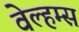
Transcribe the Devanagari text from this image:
वेल्हम्स